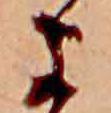
よ